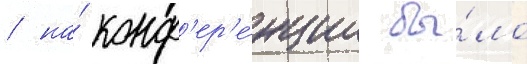
/ на́ конф'ер'е́нции бы́ло